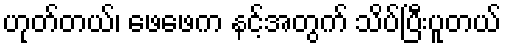
ဟုတ်တယ်၊ ဖေဖေက နင့်အတွက် သိပ်ပြီးပူတယ်